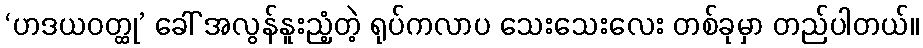
‘ဟဒယဝတ္ထု’ ခေါ် အလွန်နူးညံ့တဲ့ ရုပ်ကလာပ သေးသေးလေး တစ်ခုမှာ တည်ပါတယ်။